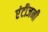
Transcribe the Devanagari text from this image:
एंटीजनी